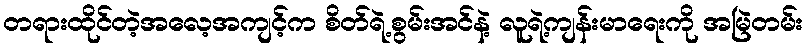
တရားထိုင်တဲ့အလေ့အကျင့်က စိတ်ရဲ့စွမ်းအင်နဲ့ လူရဲ့ကျန်းမာရေးကို အမြဲတမ်း